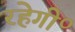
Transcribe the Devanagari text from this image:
रहेगी॰